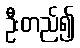
ဦးတည်၍